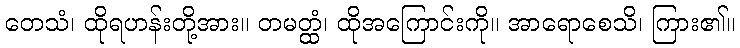
တေသံ၊ ထိုရဟန်းတို့အား။ တမတ္ထံ၊ ထိုအကြောင်းကို။ အာရောစေသိ၊ ကြား၏။